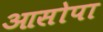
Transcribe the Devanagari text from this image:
आसोपा